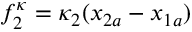
f _ { 2 } ^ { \kappa } = \kappa _ { 2 } ( x _ { 2 a } - x _ { 1 a } )